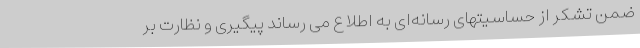
ضمن تشکر از حساسیتهای رسانه‌ای به اطلاع می رساند پیگیری و نظارت بر